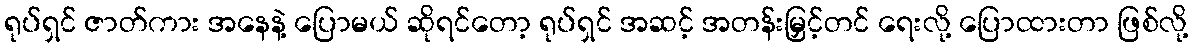
ရုပ်ရှင် ဇာတ်ကား အနေနဲ့ ပြောမယ် ဆိုရင်တော့ ရုပ်ရှင် အဆင့် အတန်းမြှင့်တင် ရေးလို့ ပြောထားတာ ဖြစ်လို့